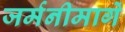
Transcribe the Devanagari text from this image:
जर्मनीमार्गे